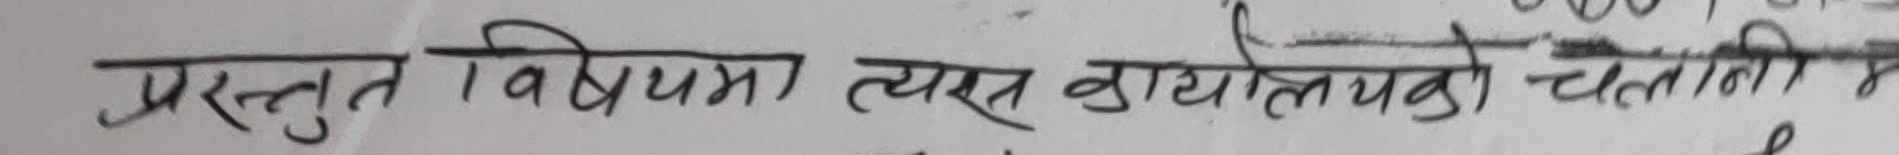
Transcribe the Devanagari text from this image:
प्रस्तुत विषयमा त्यस कार्यालयको चलानी नं